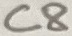
Text: C8